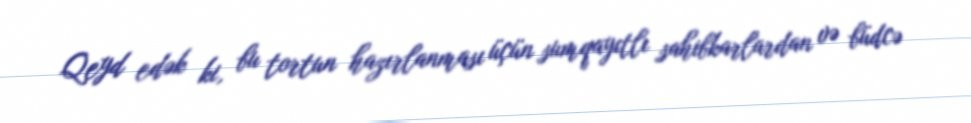
Qeyd edək ki, bu tortun hazırlanması üçün sumqayıtlı sahibkarlardan və büdcə